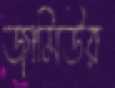
জামিউর